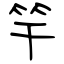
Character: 竿